Insane asylums in Bengal annual reports 1867-1875 - 1867-1875
Year: 1867
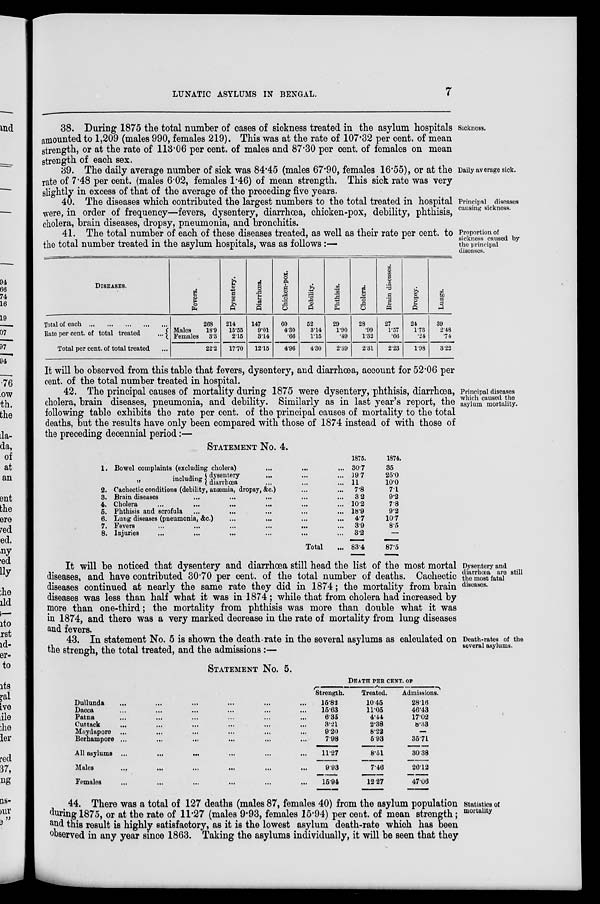
LUNATIC ASYLUMS IN BENGAL.
7
Sickness.
38. During 1875 the total number of cases of sickness treated in the asylum hospitals
amounted to 1,209 (males 990, females 219). This was at the rate of 107.32 per cent. of mean
strength, or at the rate of 113.06 per cent. of males and 87.30 per cent. of females on mean
strength of each sex.
Daily average sick.
39. The daily average number of sick was 84.45 (males 67.90, females 16.55), or at the
rate of 7.48 per cent. (males 6.02, females 1.46) of mean strength. This sick rate was very
slightly in excess of that of the average of the preceding five years.
Principal diseases
causing sickness.
40. The diseases which contributed the largest numbers to the total treated in hospital
were, in order of frequency—fevers, dysentery, diarrhœa, chicken-pox, debility, phthisis,
cholera, brain diseases, dropsy, pneumonia, and bronchitis.
Proportion of
sickness caused by
the principal
diseases.
41. The total number of each of these diseases treated, as well as their rate per cent. to
the total number treated in the asylum hospitals, was as follows :—
DISEASES.
Total of each ... ... ... ... ... ...
Rate per cent. of total treated
...
Total per cent. of total treated ...
Fever s .
268
Males
Females
18.9
3.3
22.2
Dysentery.
214
15.55
2.15
17.70
Diarrhœa.
147
9.01
3.14
12.15
Chicken-pox.
60
4.30
.66
4.96
Debility.
52
3.14
1.15
4.30
Phthisis.
29
1.90
.49
2.39
Cholera.
28
.99
1.32
2.31
Brain diseases.
27
1.57
.66
2.23
Dropsy.
24
1.73
.24
1.98
Lungs.
39
2.48
.74
3.22
Principal diseases
which caused the
asylum mortality.
It will be observed from this table that fevers, dysentery, and diarrhœa, account for 52.06 per
cent. of the total number treated in hospital.
42. The principal causes of mortality during 1875 were dysentery, phthisis, diarrhœa,
cholera, brain diseases, pneumonia, and debility. Similarly as in last year's report, the
following table exhibits the rate per cent. of the principal causes of mortality to the total
deaths, but the results have only been compared with those of 1874 instead of with those of
the preceding decennial period:—
STATEMENT No. 4.
1.
2.
3.
4.
5.
6.
7.
8.
Bowel complaints (excluding cholera) ... ... ...
„
including dysentery ... ... ...
diarrhœa ... ... ...
Cachectic conditions (debility, anæmia, dropsy, &c.) ... ...
Brain diseases ... ... ... ... ...
Cholera ... ... ... ... ...
Phthisis and scrofula ... ... ... ...
Lung diseases (pneumonia, &c.) ... ... ... ...
Fevers
...
...
...
...
...
Injuries ... ... ... ... ... ...
Total ...
1875.
30.7
19.7
11
7.8
3.2
10.2
18.9
4.7
3.9
3.2
83.4
1874.
35
25.0
10.0
7.1
9.2
7.8
9.2
10.7
8.5
—
87.5
Dysentery and
diarrhœa are still
the most fatal
diseases.
It will be noticed that dysentery and diarrhœa still head the list of the most mortal
diseases, and have contributed 30.70 per cent. of the total number of deaths. Cachectic
diseases continued at nearly the same rate they did in 1874; the mortality from brain
diseases was less than half what it was in 1874 ; while that from cholera had increased by
more than one-third; the mortality from phthisis was more than double what it was
in 1874, and there was a very marked decrease in the rate of mortality from lung diseases
and fevers.
Death-rates of the
several asylums.
43. In statement No. 5 is shown the death-rate in the several asylums as calculated on
the strengh, the total treated, and the admissions:—
STATEMENT NO. 5.
Dullunda
...
...
...
...
...
...
Dacca ... ... ... ... ... ...
Patna
...
...
...
...
...
...
Cuttack ... ... ... ... ... ...
Moydapore ... ... ... ... ... ...
Berhampore ... ... ... ... ... ... ...
All asylums ...
...
... ... ...
Males ... ... ... ... ... ...
Females ... ... ... ... ... ...
DEATH PER CENT. OF
Strength.
15.82
15.63
6.35
3.21
9.20
7.98
11.27
9.93
15.94
Treated.
10.45
11.05
4.44
2.38
8.22
5.93
8.51
7.46
12.27
Admissions.
28.16
46.43
17.02
8.33
—
35.71
30.38
26.12
47.06
Statistics of
mortality
44. There was a total of 127 deaths (males 87, females 40) from the asylum population
during 1875, or at the rate of 11.27 (males 9.93, females 15.94) per cent. of mean strength;
and this result is highly satisfactory, as it is the lowest asylum death-rate which has been
observed in any year since 1863. Taking the asylums individually, it will be seen that they